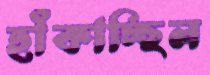
হাঁকাচ্ছিল